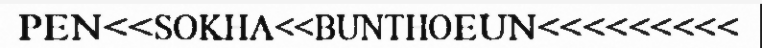
PEN<<SOKHA<<BUNTHOEUN<<<<<<<<<